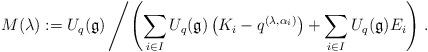
LaTeX: \begin{align*}M(\lambda) := U_q(\mathfrak{g}) \left/ \left( \sum_{i \in I} U_q(\mathfrak{g}) \left( K_i - q^{(\lambda, \alpha_i)} \right) + \sum_{i \in I} U_q(\mathfrak{g}) E_i \right) \right. .\end{align*}